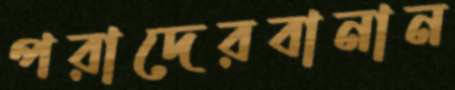
পরাদেরবানান